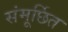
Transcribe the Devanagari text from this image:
संमूर्छित